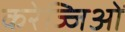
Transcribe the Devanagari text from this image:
करेज्जिओं